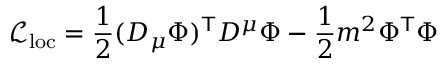
\ { \mathcal { L } } _ { \mathrm { l o c } } = { \frac { 1 } { 2 } } ( D _ { \mu } \Phi ) ^ { \mathsf { T } } D ^ { \mu } \Phi - { \frac { 1 } { 2 } } m ^ { 2 } \Phi ^ { \mathsf { T } } \Phi